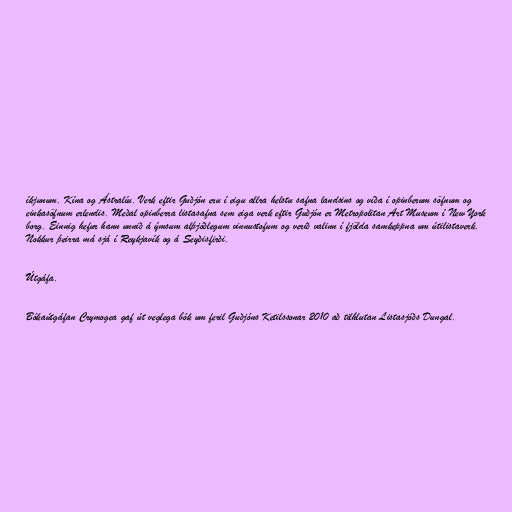
íkjunum, Kína og Ástralíu. Verk eftir Guðjón eru í eigu allra helstu safna landsins og víða í opinberum söfnum og
einkasöfnum erlendis. Meðal opinberra listasafna sem eiga verk eftir Guðjón er Metropolitan Art Museum í New York
borg. Einnig hefur hann unnið á ýmsum alþjóðlegum vinnustofum og verið valinn í fjölda samkeppna um útilistaverk.
Nokkur þeirra má sjá í Reykjavík og á Seyðisfirði.

Útgáfa.

Bókaútgáfan Crymogea gaf út veglega bók um feril Guðjóns Ketilssonar 2010 að tilhlutan Listasjóðs Dungal.